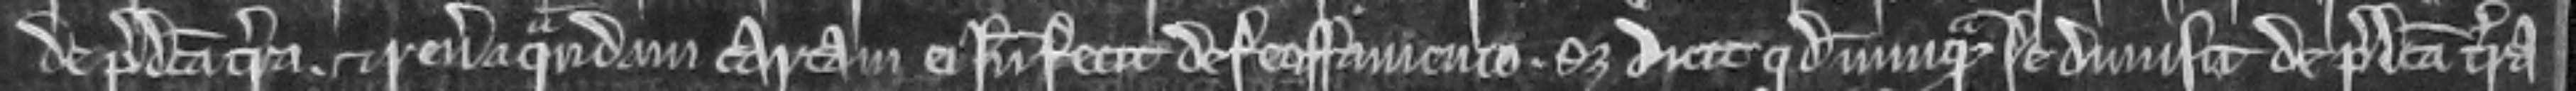
de predicta terra et revera quandam cartam ei inde fecit de feoffamento set dicit quod nunquam se dimisit de predicta terra